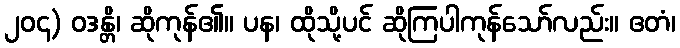
၂၀၄) ဝဒန္တိ၊ ဆိုကုန်၏။ ပန၊ ထိုသို့ပင် ဆိုကြပါကုန်သော်လည်း။ ဧတံ၊